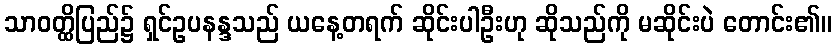
သာဝတ္ထိပြည်၌ ရှင်ဥပနန္ဒသည် ယနေ့တရက် ဆိုင်းပါဦးဟု ဆိုသည်ကို မဆိုင်းပဲ တောင်း၏။